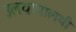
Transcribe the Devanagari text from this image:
उलथापालथी